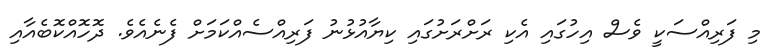
މި ފަރިއްސަކީ ވެސް އިހުގައި އެކި ރަށްރަށުގައި ކިޔާއުޅުނު ފަރިއްސެއްކަމަށް ފެނެއެވެ. ދޮހޮއްކޮބެއާއި